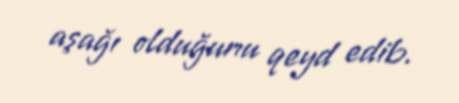
aşağı olduğunu qeyd edib.